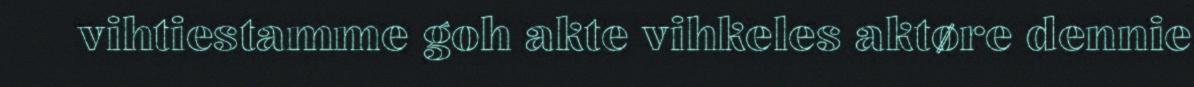
vihtiestamme goh akte vihkeles aktøre dennie